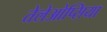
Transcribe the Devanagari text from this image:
तेलेओप्सिया